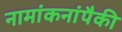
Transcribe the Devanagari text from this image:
नामांकनांपैकी